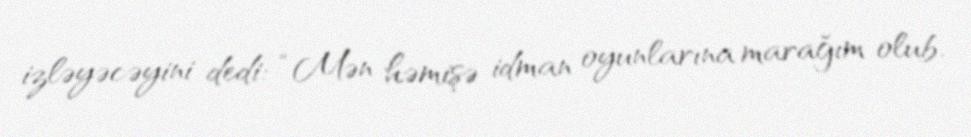
izləyəcəyini dedi: “Mən həmişə idman oyunlarına marağım olub.